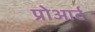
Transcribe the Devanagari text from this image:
प्रोआर्ट